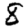
Digit: 8